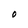
Character: O